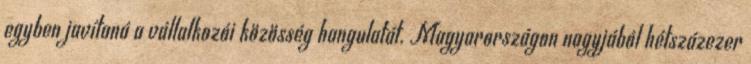
egyben javítaná a vállalkozói közösség hangulatát. Magyarországon nagyjából hétszázezer